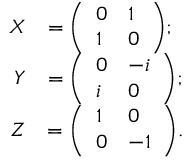
{ \begin{array} { r l } { X } & { = { \left( \begin{array} { l l } { 0 } & { 1 } \\ { 1 } & { 0 } \end{array} \right) } ; } \\ { Y } & { = { \left( \begin{array} { l l } { 0 } & { - i } \\ { i } & { 0 } \end{array} \right) } ; } \\ { Z } & { = { \left( \begin{array} { l l } { 1 } & { 0 } \\ { 0 } & { - 1 } \end{array} \right) } . } \end{array} }